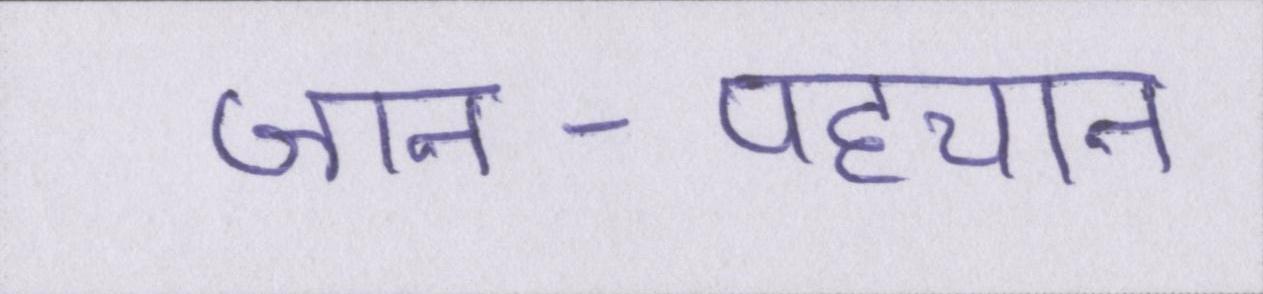
जान-पहचान